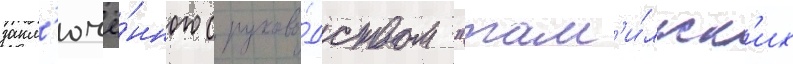
закл'ючё́нного с руково́дством "там'и́льск'их